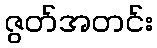
ဇွတ်အတင်း